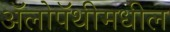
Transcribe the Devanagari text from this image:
ॲलोपॅथीमधील